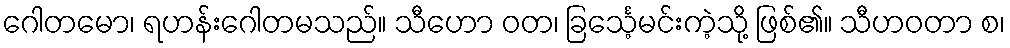
ဂေါတမော၊ ရဟန်းဂေါတမသည်။ သီဟော ဝတ၊ ခြင်္သေ့မင်းကဲ့သို့ ဖြစ်၏။ သီဟဝတာ စ၊